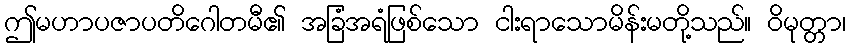
ဤမဟာပဇာပတိဂေါတမီ၏ အခြံအရံဖြစ်သော ငါးရာသောမိန်းမတို့သည်။ ဝိမုတ္တာ၊